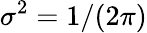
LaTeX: \sigma^{2}=1/(2\pi)